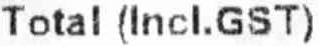
TOTAL (INCL.GST)